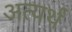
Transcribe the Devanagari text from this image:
अत्यर्थं